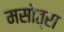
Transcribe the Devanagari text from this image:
मसोत्रा